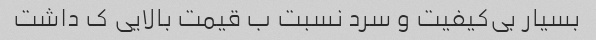
بسیار بی‌کیفیت و سرد نسبت ب قیمت بالایی ک داشت